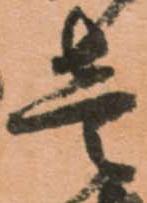
壱